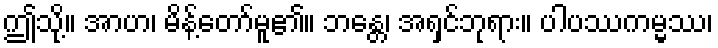
ဤသို့။ အာဟ၊ မိန့်တော်မူ၏။ ဘန္တေ၊ အရှင်ဘုရား။ ပါပဿကမ္မဿ၊